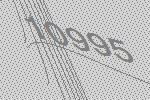
10995